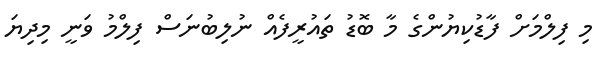
މި ފިލްމަށް ފާޑުކިޔުންގެ މާ ބޮޑު ތައުރީފެއް ނުލިބުނަސް ފިލްމު ވަނީ މިދިޔަ